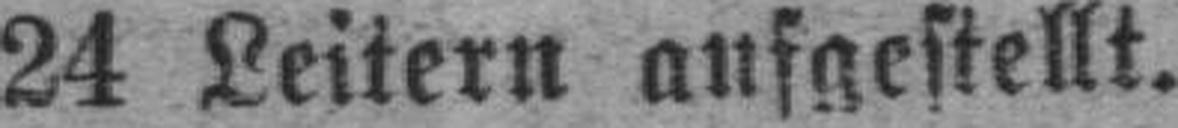
24 Leitern aufgestellt.